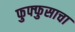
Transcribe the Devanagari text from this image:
फुफ्‍फुसाचा